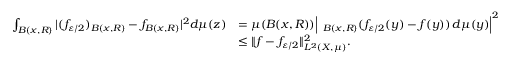
\begin{array} { r l } { \int _ { B ( x , R ) } | ( f _ { \varepsilon / 2 } ) _ { B ( x , R ) } - f _ { B ( x , R ) } | ^ { 2 } d \mu ( z ) } & { = \mu ( B ( x , R ) ) \Big | \fint _ { B ( x , R ) } ( f _ { \varepsilon / 2 } ( y ) - f ( y ) ) \, d \mu ( y ) \Big | ^ { 2 } } \\ & { \leq \| f - f _ { \varepsilon / 2 } \| _ { L ^ { 2 } ( X , \mu ) } ^ { 2 } . } \end{array}